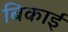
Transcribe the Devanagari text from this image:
बिकाई